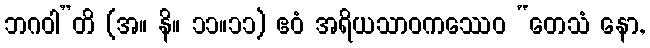
ဘဂဝါ”တိ (အ။ နိ။ ၁၁။၁၁) ဧဝံ အရိယသာဝကဿေဝ “တေသံ နော,